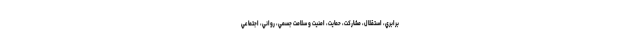
برابري، استقلال، مشاركت، حمايت، امنيت و سلامت جسمي، رواني، اجتماعي